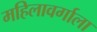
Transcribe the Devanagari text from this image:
महिलावर्गाला